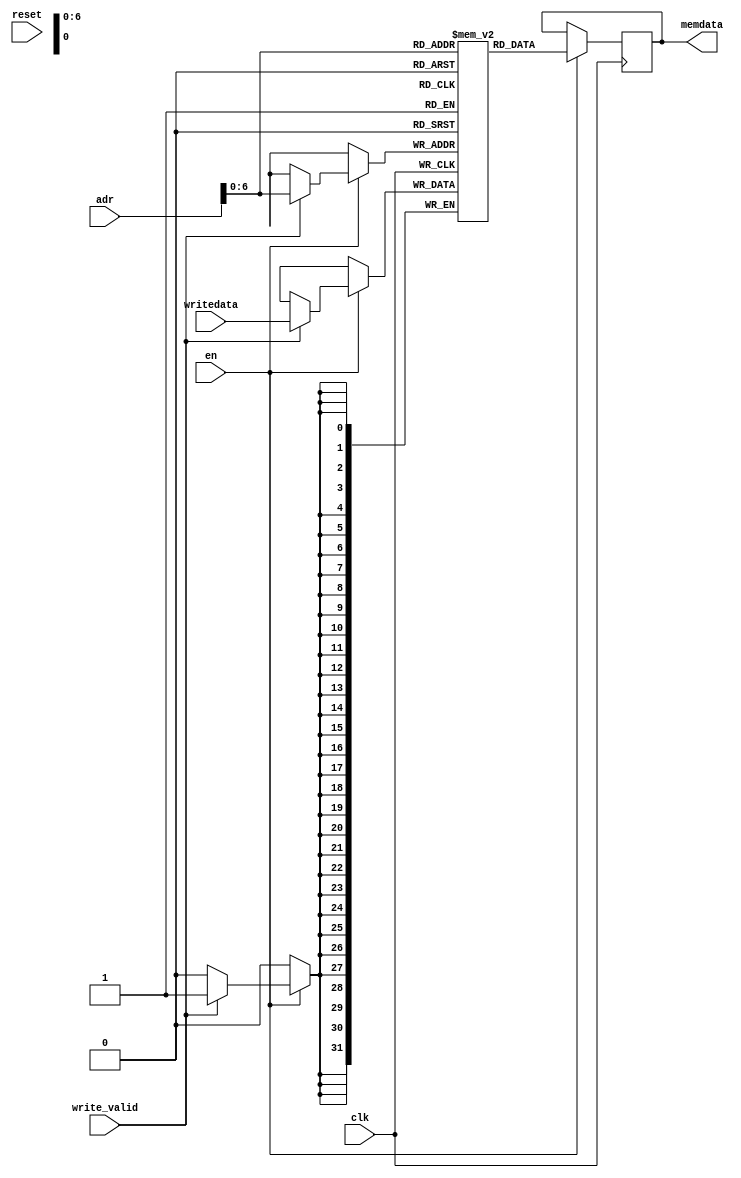
//-------------------------------------------------------
// Model of 32-bit memory for the mips processor. 
// Anurag Reddy
//-------------------------------------------------------
module data_mem #(parameter WIDTH = 32, DATA_MEM_ADDR_BITS = 32 )
   (input clk, en, reset, write_valid, 
    input [DATA_MEM_ADDR_BITS-1:0] adr,
    input [WIDTH-1:0] writedata,
    output reg [WIDTH-1:0] memdata
    );

   reg [WIDTH-1:0] data_mem [127:0];
    

 // The behavioral description of the RAM - note clocked behavior
   always @(negedge clk)
      if (en) begin
         if (write_valid)
            data_mem[adr] <= writedata;    
         memdata <= data_mem[adr];
      end

endmodule